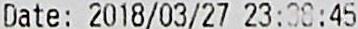
DATE: 2018/03/27 23:38:45